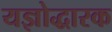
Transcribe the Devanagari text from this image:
यज्ञोद्धारक